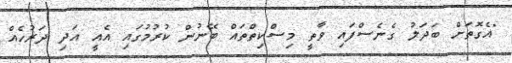
"އެގޮތަށް ބަދަލު ގެނެސްފައި ވާތީ މިސްކިތްތައް ބޭނުން ކުރުމުގައި އެއީ އަދި ދަރުހެއް